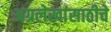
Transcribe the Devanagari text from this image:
अग्रलेखांसाठीचे